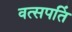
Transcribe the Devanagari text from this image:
वत्सपतिं